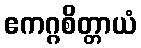
ဧကဂ္ဂစိတ္တာယံ